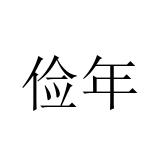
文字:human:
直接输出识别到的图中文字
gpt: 俭年